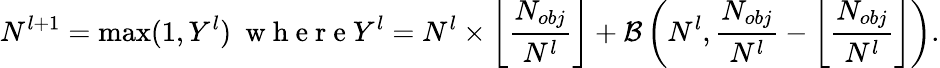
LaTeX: N^{l+1}=\operatorname*{max}(1,Y^{l})\ \mathrm{~w~h~e~r~e~}Y^{l}=N^{l}\times\left\lfloor\frac{N_{obj}}{N^{l}}\right\rfloor+\mathcal{B}\left(N^{l},\frac{N_{obj}}{N^{l}}-\left\lfloor\frac{N_{obj}}{N^{l}}\right\rfloor\right).